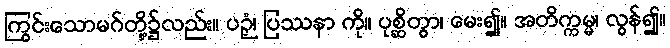
ကြွင်းသောမဂ်တို့၌လည်း။ ပဉှံ၊ ပြဿနာ ကို။ ပုစ္ဆိတွာ၊ မေး၍။ အတိက္ကမ္မ၊ လွန်၍။